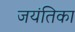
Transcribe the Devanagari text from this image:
जयंतिका